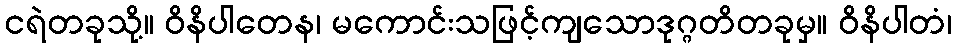
ငရဲတခုသို့။ ဝိနိပါတေန၊ မကောင်းသဖြင့်ကျသောဒုဂ္ဂတိတခုမှ။ ဝိနိပါတံ၊